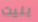
بنيت